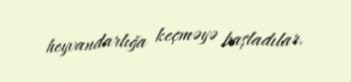
heyvandarlığa keçməyə başladılar.